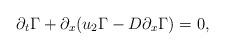
LaTeX: \begin{align*}\partial_t \Gamma +\partial_x(u_2\Gamma-D\partial_x\Gamma)=0,\end{align*}